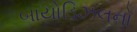
બાયોડિઝલનો